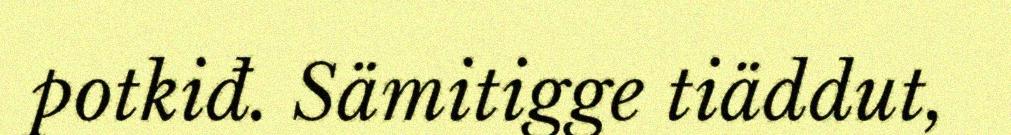
potkiđ. Sämitigge tiäddut,